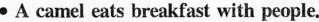
● A camel eats breakfast with people.